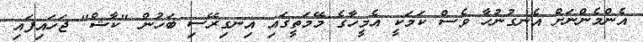
އެންމެންނަށް އެނގުނުހާ ވެސް ކަމަކީ އެމީހާގެ މޭމަތީގައި އިނގިރޭސި ބަހުން "ކާޝް" ޖަހައިފައި